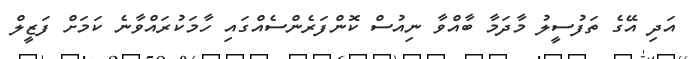
އަދި އޭގެ ތަފުސީލު މާދަމާ ބާއްވާ ނިއުސް ކޮންފަރެންްސެއްގައި ހާމަކުރައްވާނެ ކަމަށް ފަޒީލް